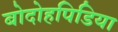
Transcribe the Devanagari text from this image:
बोदोहपिडिया